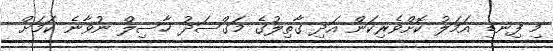
މި ފިނޑި އަމަލު ކޮށްވެރިކަން އަދި ގާތިލުގެ މަގްސަދު ހާސިލް ނުވާނެ ކަމަށް